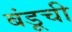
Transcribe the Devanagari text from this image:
बंडूची